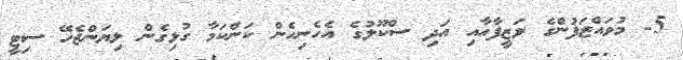
5- މުވައްޒަފުންގެ ވަޒީފާއާއި އަދި ސްކޫލުގެ އެހެނިހެން ކަންކަމާ ގުޅިގެން ލިޔަންޖެހޭ ސިޓީ